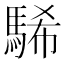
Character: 䮎